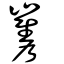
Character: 巂